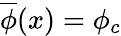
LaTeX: \overline{{{\phi}}}(x)=\phi_{c}